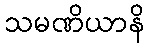
သမဏိယာနိ